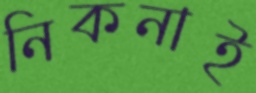
নিকনাই